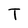
Character: T